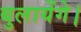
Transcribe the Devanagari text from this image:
बुलायेंगे।